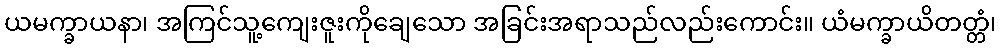
ယမက္ခာယနာ၊ အကြင်သူ့ကျေးဇူးကိုချေသော အခြင်းအရာသည်လည်းကောင်း။ ယံမက္ခာယိတတ္တံ၊